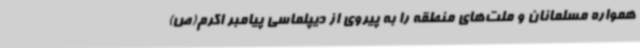
همواره مسلمانان و ملت‌های منطقه را به پیروی از دیپلماسی پیامبر اکرم(ص)